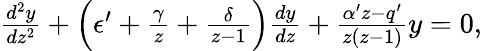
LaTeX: \begin{array}{r}{\frac{d^{2}y}{dz^{2}}+\Big(\epsilon^{\prime}+\frac{\gamma}{z}+\frac{\delta}{z-1}\Big)\frac{dy}{dz}+\frac{\alpha^{\prime}z-q^{\prime}}{z(z-1)}y=0,}\end{array}